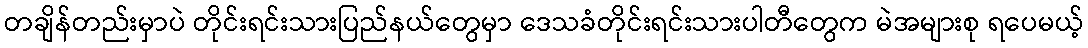
တချိန်တည်းမှာပဲ တိုင်းရင်းသားပြည်နယ်တွေမှာ ဒေသခံတိုင်းရင်းသားပါတီတွေက မဲအများစု ရပေမယ့်